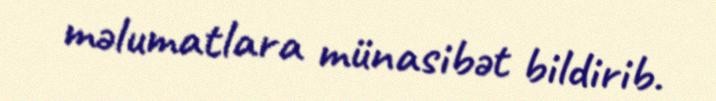
məlumatlara münasibət bildirib.